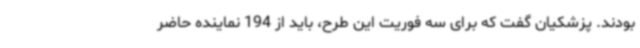
بودند. پزشکیان گفت که برای سه فوریت این طرح، باید از 194 نماینده حاضر